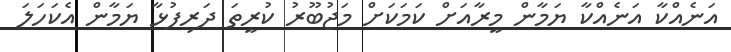
އަނެއްކާ އަނެއްކާ ޔަމާން މީރާއަށް ކަމަކަށް މަޖުބޫރު ކުރީތަ ދަރިފުޅާ ޔަމާން އެކަހަލަ